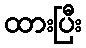
ထားပြီး